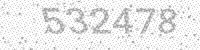
Solution: 532478